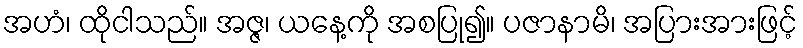
အဟံ၊ ထိုငါသည်။ အဇ္ဇ၊ ယနေ့ကို အစပြု၍။ ပဇာနာမိ၊ အပြားအားဖြင့်